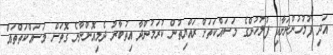
އަދި ފުލުހުންނަށާއި ފުލުހުންގެ މަސައްކަތަށް ރައްޔިތުން ކުރަމުންދާ އިތުބާރު ދެމިއޮންނާނެ ގޮތަށް މަސައްކަތްތައް